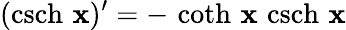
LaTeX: (\operatorname{csch}\, \mathbf{x})^{\prime}=-\, \coth\, \mathbf{x}\, \operatorname{csch}\, \mathbf{x}